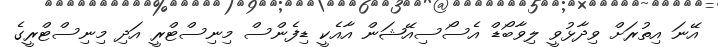
އޭނަ އިތުރަށް ވިދާޅުވީ ލިވާބޯޑް އެސޯސިއޭޝަން އާއެކީ ޑިފެންސް މިނިސްޓްރީ އަދި މިނިސްޓްރީގެ